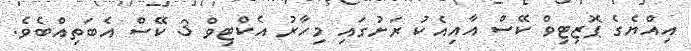
އިއްޔެގެ ޕޮޒިޓިވް ކޭސް އާއިއެކު ރަށުގައި މިހާރު އެކްޓިވް 3 ކޭސް އެބަތިއްބެވެ.